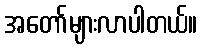
အတော်များလာပါတယ်။